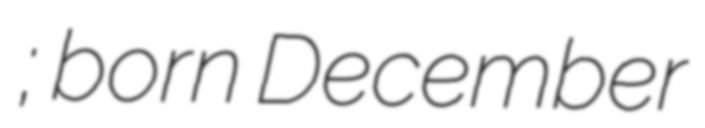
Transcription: Сабирович Алискеров; born December